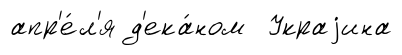
апр'е́л'я д'ека́ном Украjина